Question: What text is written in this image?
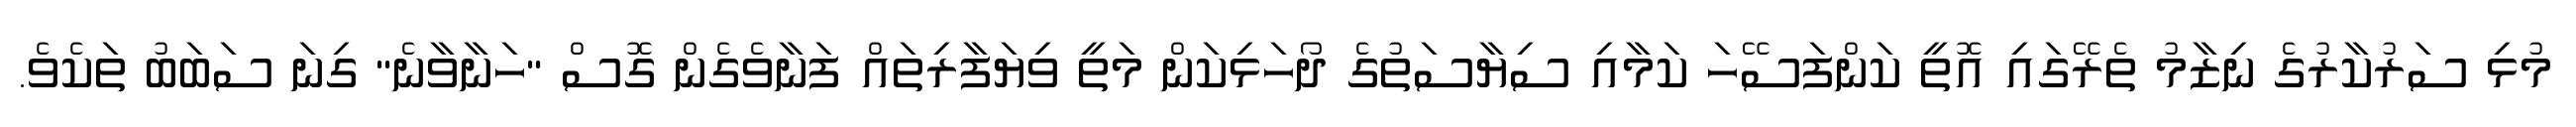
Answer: މުޅި ސަރުކާރުގެ ނިޒާމު ތެރޭގައި އޮތީ ކަންފަސޭހަ ކަމާއި ސިޔާސަތުގެ ދޯހަޅިކަން މަތީ ވިޔަފާރިތައް ފަނާވެގެން ގޮސް "ހަނާވާނެ" ގިނަ ސަބަބު ތަކެވެ.